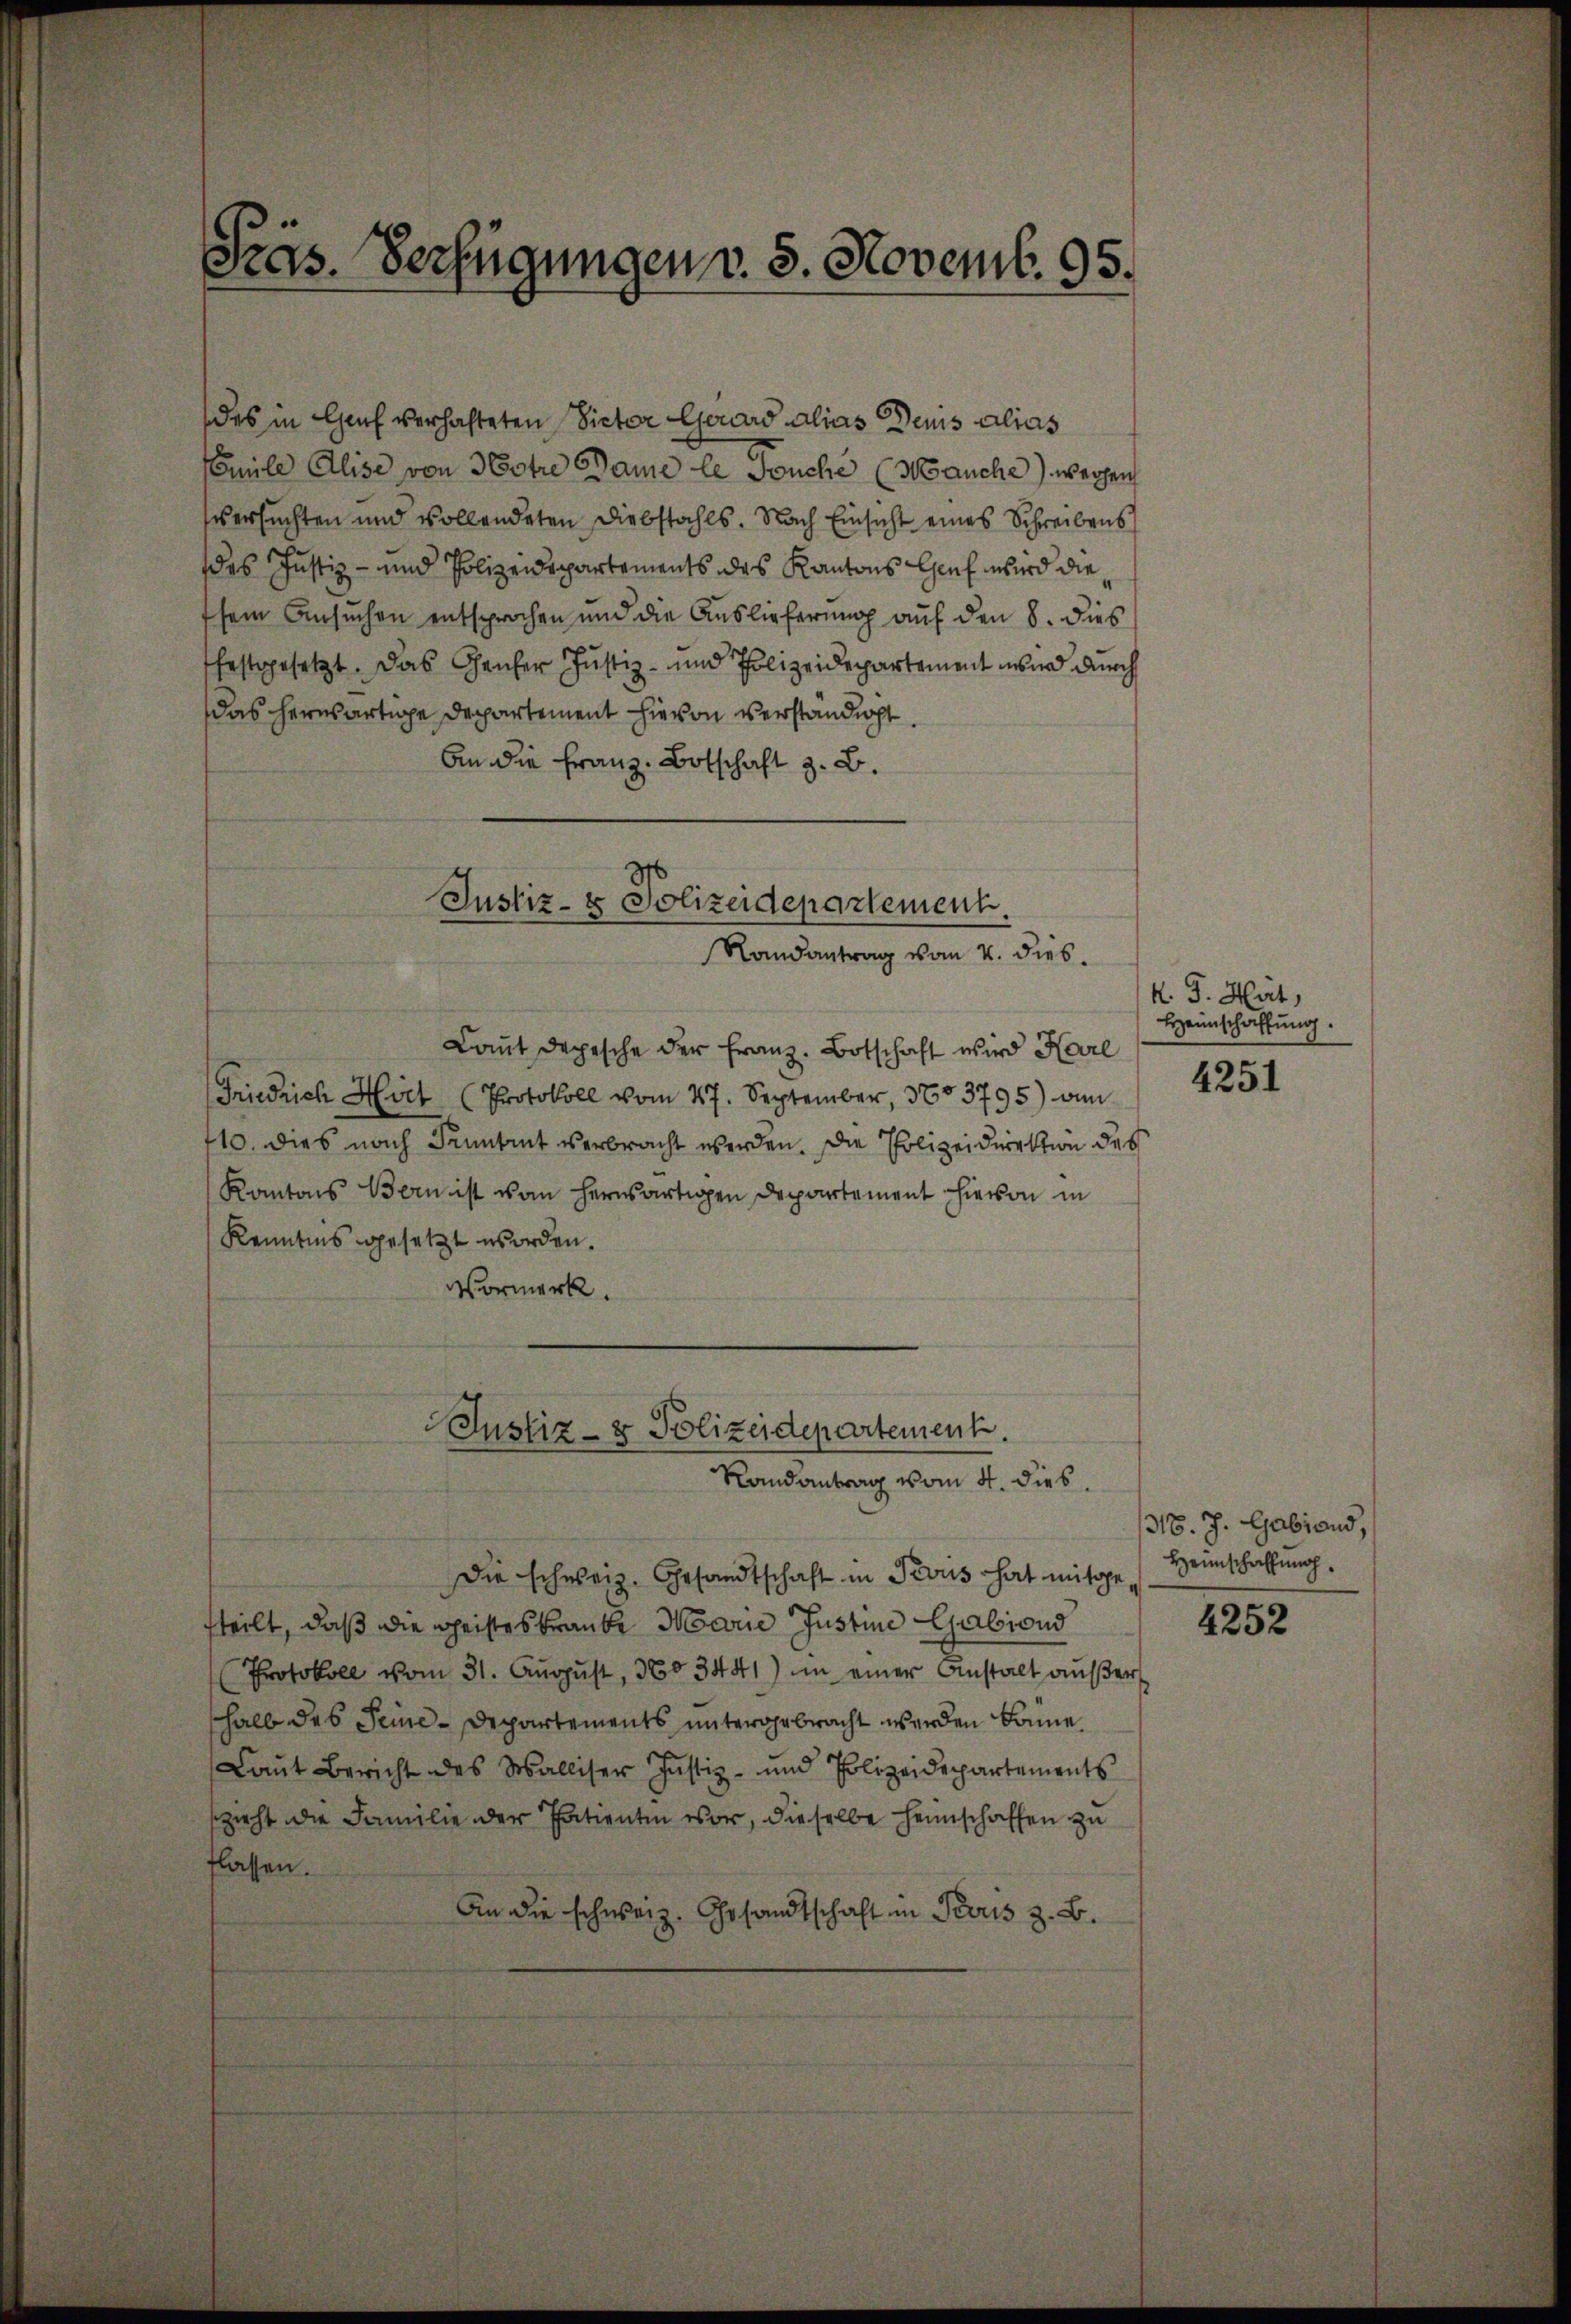
Pras. Verfügungen v. 5. Novemb. 95.

des in Genf verhafteten Victor Gerard alias Deuis alias
Emile Alise von Notre Dame le Teuche (Manche) wegen
versuchten und vollendeten Diebstahls. Nach Einsicht eines Schreibens
des Justiz- und Polizeidepartements des Kantons Genf wird die
sein Ansuchen entsprochen und die Auslieferung auf den 8. dies
festgesetzt. Das Gener Justiz- und Polizeidepartement wird durch
das herwärtige Departement hievon verständigt.
An die Franz Botschaft z. B.

Justiz- & Polizeidepartement.
Randantrag vom 4. dies

Laut depesche der Franz. Botschaft wird Karl
Friedrich Hirt (Protokoll vom 27. September, 3703795) am
410. dies nach Kenntent verbracht werden. Die Polizeidirektion des
Kantons Bern ist von herwärtigen Departement hievon in
Kenntnis gesetzt worden.
Vormerk.

Justiz- & Polizeidepartement.
Randantrag vom 4. dies

Die schweiz. Gesandtschaft in Trouis hat mitge
tteilt, daß die Geisteskranke Marie Justine Gabiond
Protokoll vom 31. August, 3603441) in einer Anstalt außers
halb des Seine Departements untergebracht werden könne.
Laut Bericht des Walliser Justiz- und Polizeidepartements
szieht die Familie der Patienten vor, dieselbe Heimschaffen zu
flassen.
An die schweiz. Gesandtschaft in Paris z. B.

K. J. Hät,
Heimschaffung.

4251

318. J. Gabiens,
Heimschaffung.

4252